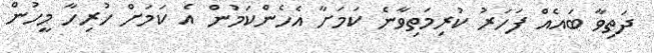
ދަތިވާ ބައެއް ފަހަރު ކުރިމަތިވާނެ ކަމަށާ އެހެންކަމުން އެ ކަމަށް ހުރިހާ މީހުން